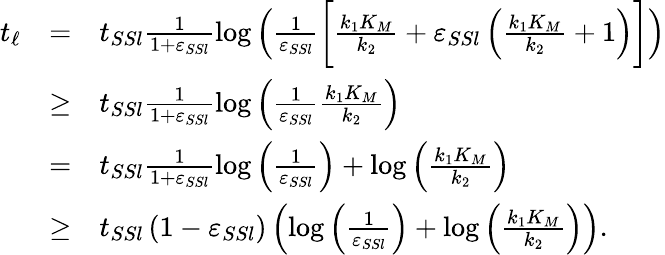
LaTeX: \begin{array}{rcl}{t_{\ell}}&{=}&{t_{SSl}\frac{1}{1+\varepsilon_{SSl}}\log\left(\frac{1}{\varepsilon_{SSl}}\bigg[\frac{k_{1}K_{M}}{k_{2}}+\varepsilon_{SSl}\left(\frac{k_{1}K_{M}}{k_{2}}+1\right)\bigg]\right)}\\ &{\geq}&{t_{SSl}\frac{1}{1+\varepsilon_{SSl}}\log\left(\frac{1}{\varepsilon_{SSl}}\frac{k_{1}K_{M}}{k_{2}}\right)}\\ &{=}&{t_{SSl}\frac{1}{1+\varepsilon_{SSl}}\log\left(\frac{1}{\varepsilon_{SSl}}\right)+\log\left(\frac{k_{1}K_{M}}{k_{2}}\right)}\\ &{\geq}&{t_{SSl}\left(1-\varepsilon_{SSl}\right)\left(\log\left(\frac{1}{\varepsilon_{SSl}}\right)+\log\left(\frac{k_{1}K_{M}}{k_{2}}\right)\right).}\end{array}